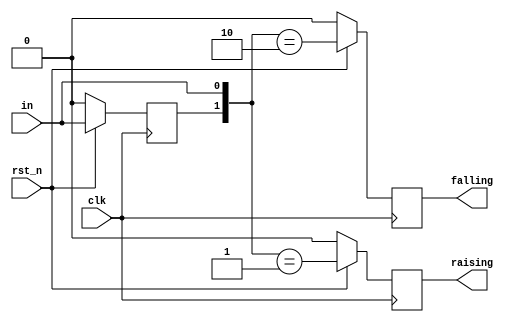
/**********************************************
______________                ______________
______________ \  /\  /|\  /| ______________
______________  \/  \/ | \/ | ______________
descript:
author : Young
Version: 
creaded:
madified:
***********************************************/
module edge_generator #(
	parameter	MODE	= "NORMAL"   // FAST NORMAL BEST
)(
	input		clk,
	input		rst_n,
	input		in,
	output		raising,
	output		falling
);

reg		in_d0;
reg		in_d1;
reg		raising_reg;
reg		falling_reg;

always@(posedge clk/*,negedge rst_n*/)begin
	if(~rst_n)begin
		in_d0      	 <= 1'b0;    
        in_d1        <= 1'b0;   
        raising_reg  <= 1'b0;   
        falling_reg  <= 1'b0;
	end else begin
		in_d0        <= in;  
        in_d1  		 <= in_d0;	     
		if(MODE == "NORMAL")begin
			raising_reg  <= {in_d0,in} == 2'b01 ;
			falling_reg	 <= {in_d0,in} == 2'b10 ;
		end else if(MODE == "BEST")begin
			raising_reg  <= {in_d1,in_d0} == 2'b01 ;
			falling_reg  <= {in_d1,in_d0} == 2'b10 ;
		end else begin
			raising_reg  <= 1'b0;   
			falling_reg  <= 1'b0;
end end end


assign	raising	= (MODE == "FAST")? {in_d0,in} == 2'b01 : raising_reg;
assign	falling	= (MODE == "FAST")? {in_d0,in} == 2'b10 : falling_reg;

endmodule